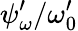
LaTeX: {\psi}_{\omega}^{\prime}/\omega_{0}^{\prime}